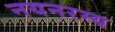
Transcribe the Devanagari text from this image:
नयनरम्‍य